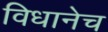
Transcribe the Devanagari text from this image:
विधानेच